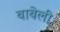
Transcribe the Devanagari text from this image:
बाबेली